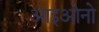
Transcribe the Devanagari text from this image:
आइओनो